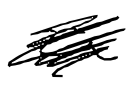
Text: a
Cross-out: scratch
Writing tool: digital_black